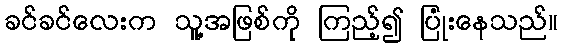
ခင်ခင်လေးက သူ့အဖြစ်ကို ကြည့်၍ ပြုံးနေသည်။